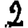
Digit: 2